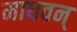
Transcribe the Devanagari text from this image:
माधवन्